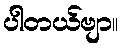
ပါတယ်ဗျာ။